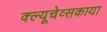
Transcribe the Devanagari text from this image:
क्ल्यूचेव्सकाया